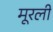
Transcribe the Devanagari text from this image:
मूरली